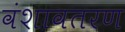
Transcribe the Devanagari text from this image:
वंशावतरण